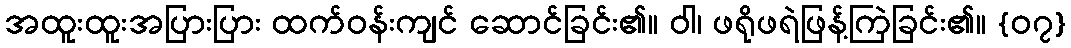
အထူးထူးအပြားပြား ထက်ဝန်းကျင် ဆောင်ခြင်း၏။ ဝါ၊ ဖရိုဖရဲဖြန့်ကြဲခြင်း၏။ {၀၇}